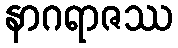
နာဂရာဇဿ